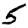
Digit: 5